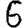
Digit: 6